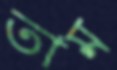
তাম